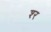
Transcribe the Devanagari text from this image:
श्‍र